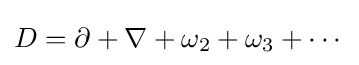
D=\partial +\nabla +\omega _{2}+\omega _{3}+\cdots